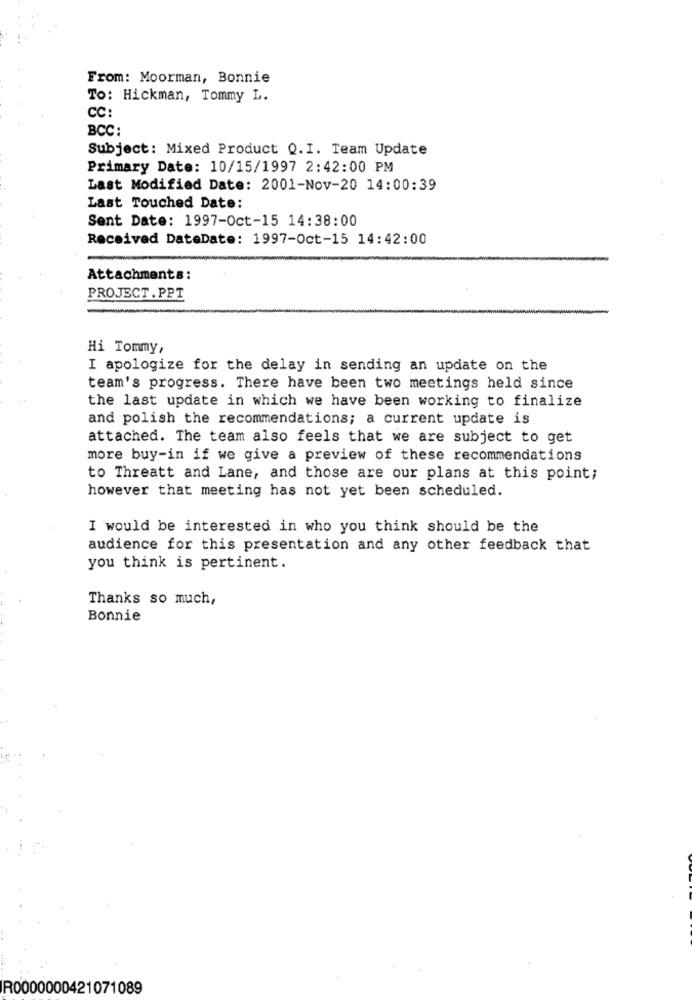
From: Moorman, Bonnie
To: Hickman, Tommy L.
CC:
BCC:
Subject: Mixed Product Q.I. Team Update
Primary Date: 10/15/1997 2:42:00 PM
Last Modified Date: 2001-Nov-20 14:00:39
Last Touched Date:
Sent Date: 1997-Oct-15 14:38:00
Received DateDate: 1997-Oct-15 14:42:00
Attachments:
PROJECT . PPT
Hi Tommy,
I apologize for the delay in sending an update on the
team's progress. There have been two meetings held since
the last update in which we have been working to finalize
and polish the recommendations; a current update is
attached. The team also feels that we are subject to get
more buy-in if we give a preview of these recommendations
to Threatt and Lane, and those are our plans at this point;
however that meeting has not yet been scheduled.
I would be interested in who you think should be the
audience for this presentation and any other feedback that
you think is pertinent.
Thanks so much,
Bonnie
R0000000421071089